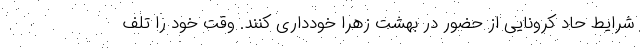
شرایط حاد کرونایی از حضور در بهشت زهرا خودداری کنند. وقت خود را تلف